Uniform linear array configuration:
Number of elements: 32
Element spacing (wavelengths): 0.5
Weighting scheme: binomial
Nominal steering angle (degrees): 15
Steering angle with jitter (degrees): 13.33
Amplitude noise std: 0.05
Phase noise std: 0.05

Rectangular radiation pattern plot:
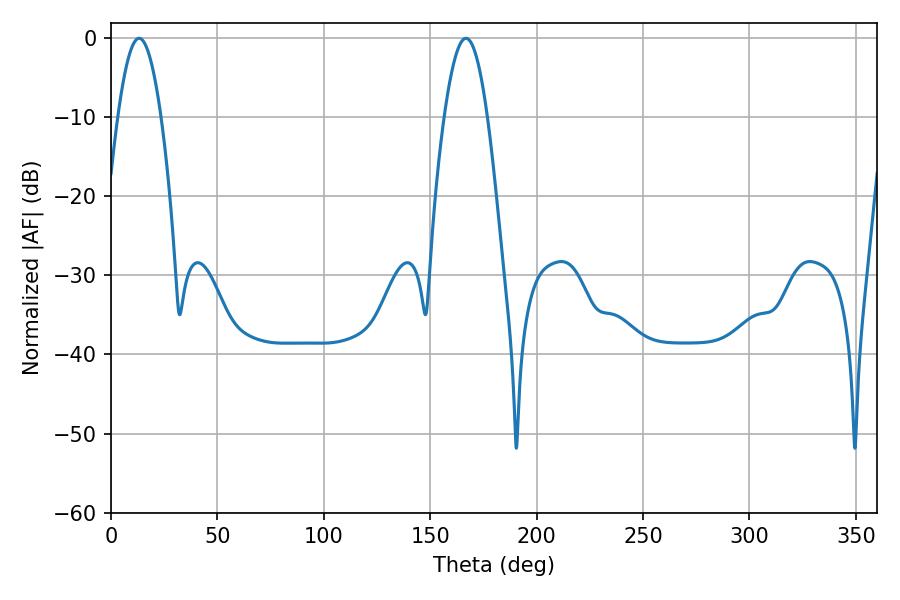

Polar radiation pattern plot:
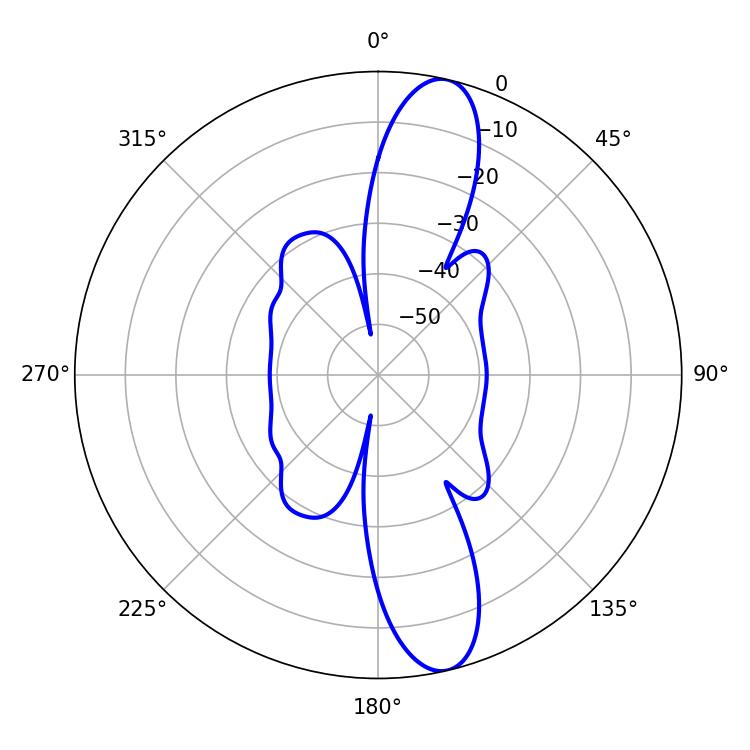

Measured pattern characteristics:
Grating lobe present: FALSE
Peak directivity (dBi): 13.239
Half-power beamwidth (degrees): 10.98
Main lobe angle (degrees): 13.14